Indian journal of veterinary science and animal husbandry - Volumes 22-23, 1952-1953
Year: 1952
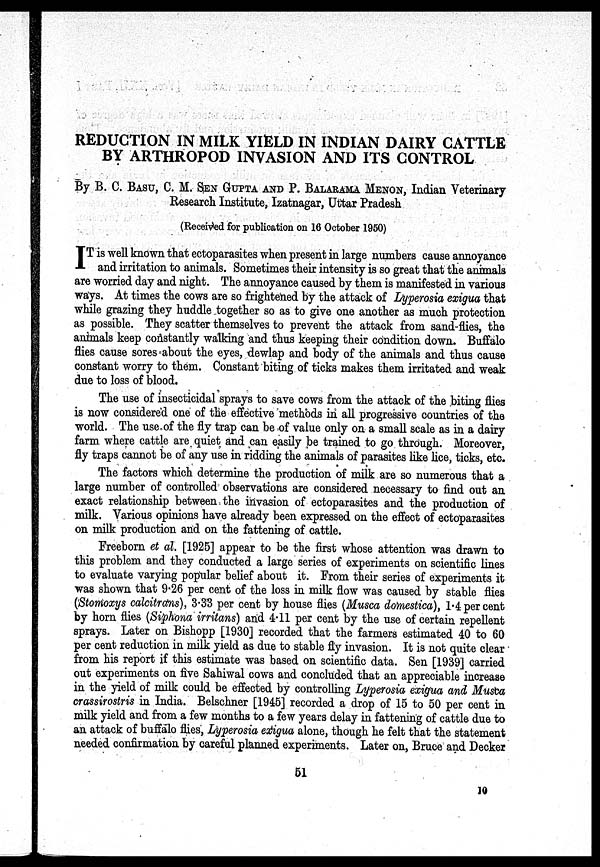
REDUCTION IN MILK YIELD IN INDIAN DAIRY CATTLE
BY ARTHROPOD INVASION AND ITS CONTROL
By B. C. BASU, C. M. SEN GUPTA AND P. BALARAMA MENON, Indian Veterinary
Research Institute, Izatnagar, Uttar Pradesh
(Received for publication on 16 October 1950)
I T is well known that ectoparasites when present in large numbers cause annoyance
and irritation to animals. Sometimes their intensity is so great that the animals
are worried day and night. The annoyance caused by them is manifested in various
ways. At times the cows are so frightened by the attack of Lyperosia exigua that
while grazing they huddle together so as to give one another as much protection
as possible. They scatter themselves to prevent the attack from sand-flies, the
animals keep constantly walking and thus keeping their condition down. Buffalo
flies cause sores about the eyes, dewlap and body of the animals and thus cause
constant worry to them. Constant biting of ticks makes them irritated and weak
due to loss of blood.
The use of insecticidal sprays to save cows from the attack of the biting flies
is now considered one of the effective methods in all progressive countries of the
world. The use of the fly trap can be of value only on a small scale as in a dairy
farm where cattle are quiet and can easily be trained to go through. Moreover,
fly traps cannot be of any use in ridding the animals of parasites like lice, ticks, etc.
The factors which determine the production of milk are so numerous that a
large number of controlled observations are considered necessary to find out an
exact relationship between the invasion of ectoparasites and the production of
milk. Various opinions have already been expressed on the effect of ectoparasites
on milk production and on the fattening of cattle.
Freeborn et al. [1925] appear to be the first whose attention was drawn to
this problem and they conducted a large series of experiments on scientific lines
to evaluate varying popular belief about it. From their series of experiments it
was shown that 9.26 per cent of the loss in milk flow was caused by stable flies
(Stomoxys calcitrans), 3.33 per cent by house flies (Musca domestica), 1.4 per cent
by horn flies (Siphona irritans) and 4.11 per cent by the use of certain repellent
sprays. Later on Bishopp [1930] recorded that the farmers estimated 40 to 60
per cent reduction in milk yield as due to stable fly invasion. It is not quite clear
from his report if this estimate was based on scientific data. Sen [1939] carried
out experiments on five Sahiwal cows and concluded that an appreciable increase
in the yield of milk could be effected by controlling Lyperosia exigua and Musta
crassirostris in India. Belschner [1945] recorded a drop of 15 to 50 per cent in
milk yield and from a few months to a few years delay in fattening of cattle due to
an attack of buffalo flies, Lyperosia exigua alone, though he felt that the statement
needed confirmation by careful planned experiments. Later on, Bruce and Decker
51
10